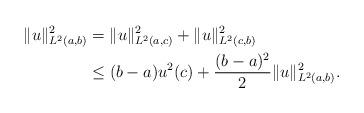
LaTeX: \begin{align*}\|u\|^2_{L^2(a,b)}&= \|u\|^2_{L^2(a,c)}+\|u\|^2_{L^2(c,b)}\\&\leq (b-a) u^2(c)+\frac{(b-a)^2}{2}\|u\|^2_{L^2(a,b)}.\end{align*}